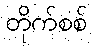
တိုက်စစ်